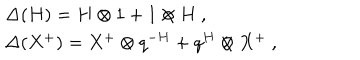
LaTeX: \begin{array} { r c l } { { } } & { { } } & { { \Delta ( H ) = H \otimes 1 + 1 \otimes H ~ , } } \\ { { } } & { { } } & { { \Delta ( X ^ { + } ) = X ^ { + } \otimes q ^ { - H } + q ^ { H } \otimes X ^ { + } ~ , } } \\ \end{array}